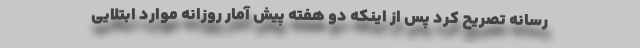
رسانه تصریح کرد پس از اینکه دو هفته پیش آمار روزانه موارد ابتلایی